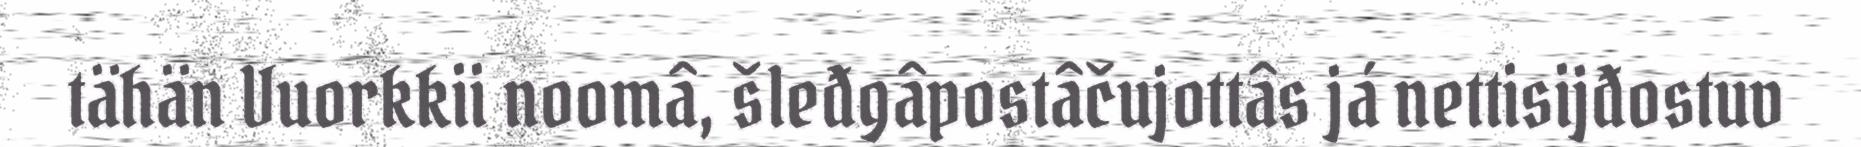
tähän Vuorkkii noomâ, šleđgâpostâčujottâs já nettisijđostuv